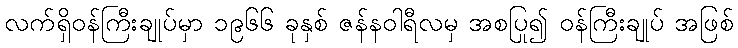
လက်ရှိဝန်ကြီးချုပ်မှာ ၁၉၆၆ ခုနှစ် ဇန်နဝါရီလမှ အစပြု၍ ဝန်ကြီးချုပ် အဖြစ်